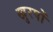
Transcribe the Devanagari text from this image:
खुरपों